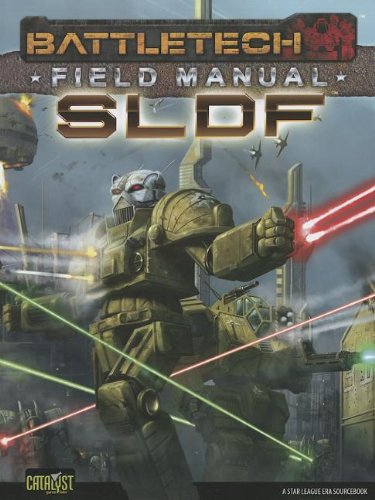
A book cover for Battletech Field Manual SLDF; Catalyst Game Labs; Science Fiction & Fantasy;